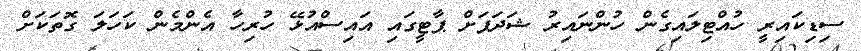
ސިޑިކައިރީ ހުއްޓިލައިގެން ހުންނައިރު ޝަދަފަށް ޕާޓީގައި އައިސްއުޅޭ ހުރިހާ އެންމެން ކަހަލަ ގޮތަކަށް